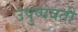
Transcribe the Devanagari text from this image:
उपुष्पवती